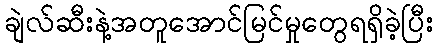
ချဲလ်ဆီးနဲ့အတူအောင်မြင်မှုတွေရရှိခဲ့ပြီး